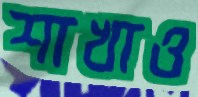
শাখাও